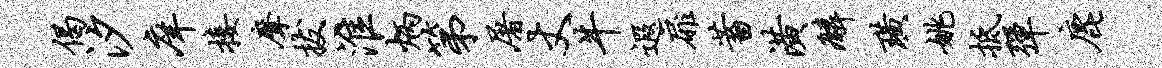
偈汐庠接摩拔淮炳第屠丈牛遐扉蓄潢麟璜姚抵弹鹿